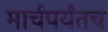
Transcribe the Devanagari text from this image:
मार्चपर्यंतच